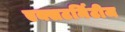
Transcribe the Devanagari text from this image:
एक्सटर्मिटीज